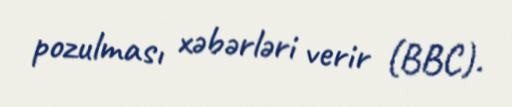
pozulması xəbərləri verir (BBC).